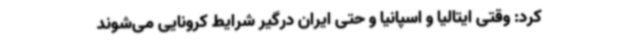
کرد: وقتی ایتالیا و اسپانیا و حتی ایران درگیر شرایط کرونایی می‌شوند